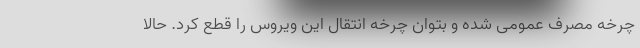
چرخه مصرف عمومی شده و بتوان چرخه انتقال این ویروس را قطع کرد. حالا